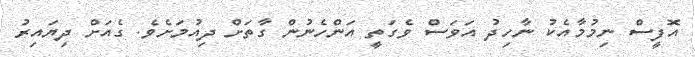
އޮފީސް ނިމުމާއެކު ނާހިދު އަވަސް ވެގަތީ އަންހެނުން ގާތަށް ދިއުމަށެވެ. ގެއަށް ދިޔައިރު